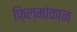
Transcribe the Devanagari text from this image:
फ़िल्मांकान